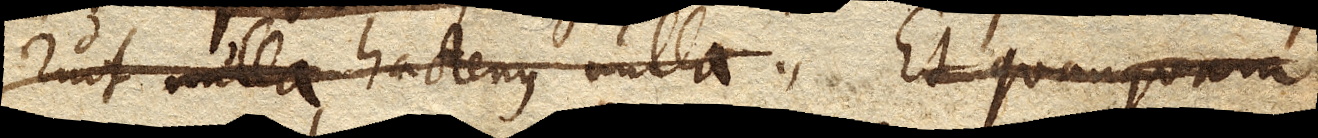
ruit hactenus nulla. Et quanquam